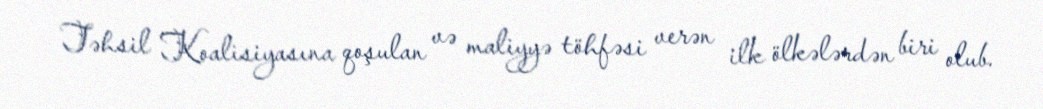
Təhsil Koalisiyasına qoşulan və maliyyə töhfəsi verən ilk ölkələrdən biri olub.